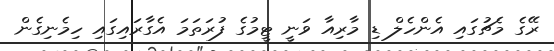
ރޭގެ މެޗުގައި އެންހެލް ޑި މާރިއާ ވަނީ ޓީމުގެ ފުރަތަމަ އެގާރައިގައި ހިމެނިގެން